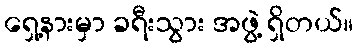
ရှေ့နားမှာ ခရီးသွား အဖွဲ့ ရှိတယ်။